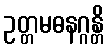
ဥတ္တမဓနဂ္ဂန္တိ